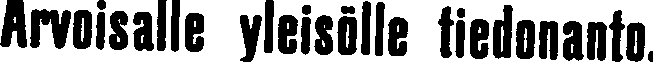
Arvoisalle yleisölle tiedonanto.